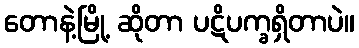
တောနဲ့မြို့ ဆိုတာ ပဋိပက္ခရှိတာပဲ။